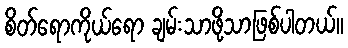
စိတ်ရောကိုယ်ရော ချမ်းသာဖို့သာဖြစ်ပါတယ်။